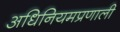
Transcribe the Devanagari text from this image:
अधिनियमप्रणाली